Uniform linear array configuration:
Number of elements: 64
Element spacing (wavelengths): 0.75
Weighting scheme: exponential
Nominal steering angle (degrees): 60
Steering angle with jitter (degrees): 58.655
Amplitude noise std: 0.05
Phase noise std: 0.05

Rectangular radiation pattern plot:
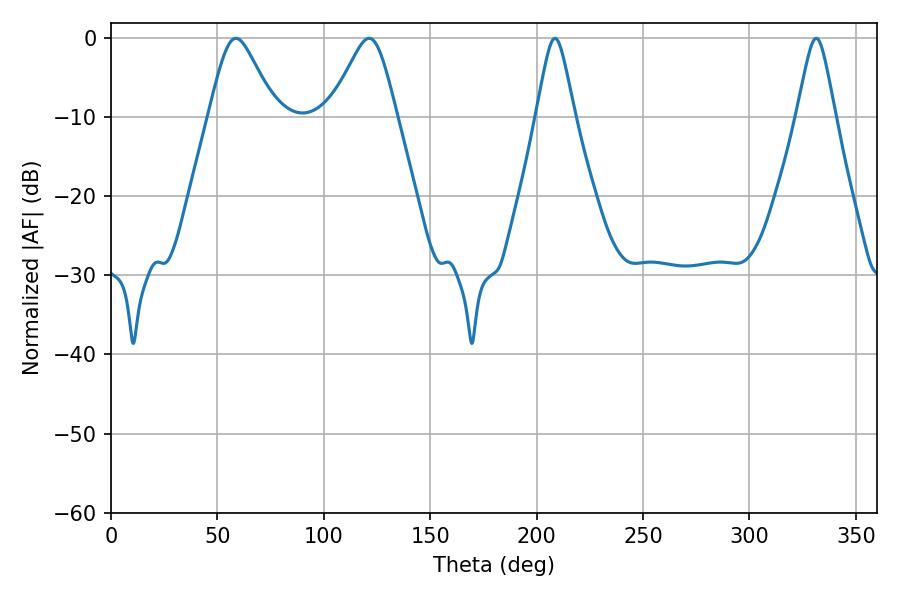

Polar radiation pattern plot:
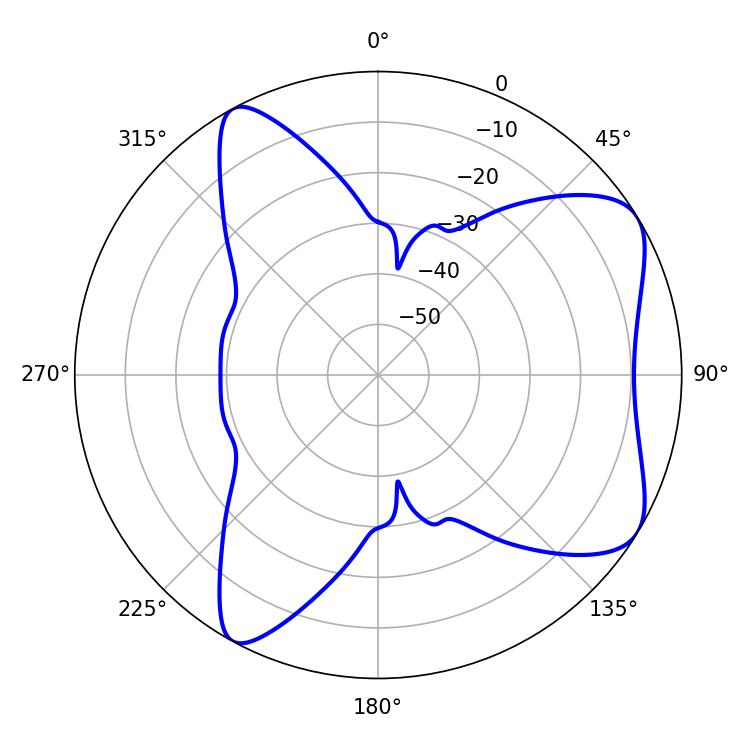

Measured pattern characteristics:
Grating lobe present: TRUE
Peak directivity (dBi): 6.954
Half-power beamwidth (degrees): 8.64
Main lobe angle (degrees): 208.62